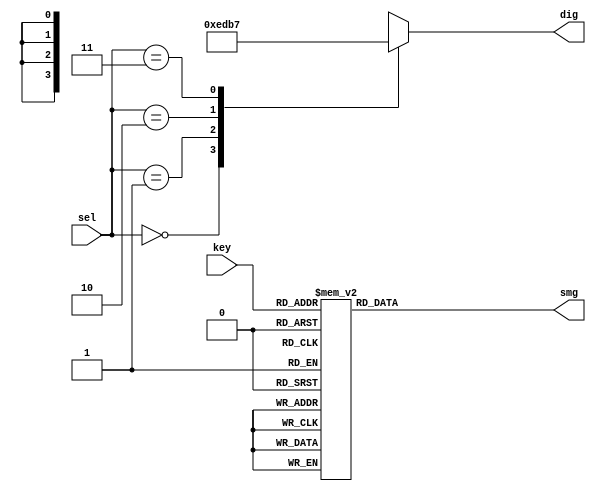
`timescale 1ns / 1ps
//////////////////////////////////////////////////////////////////////////////////
// Company: Myminieye
// 
// Design Name: 
// Module Name: seq_control
// Project Name: 
// Target Devices: 
// Tool Versions: 
// Description: 100khz10ms
// 
// Dependencies: 
// Revision: v1.0
// Revision 0.01 - File Created
// Additional Comments:
// 
//////////////////////////////////////////////////////////////////////////////////
`define UD #1
module seq_control
(
	input [1:0]sel,
	input [3:0]key,
	output reg [3:0]dig,
	output reg [7:0]smg
);
/*===================================================
					
===================================================*/
always @(*)
begin
	case(sel)
		2'd0   :dig = ~(4'b0001);
		2'd1   :dig = ~(4'b0010);
		2'd2   :dig = ~(4'b0100);
		2'd3   :dig = ~(4'b1000);
		default:dig = ~(4'b0000);
	endcase
end
//===========================================
//IO_LOC "smg[0]" 101 -> G;
//IO_LOC "smg[1]" 104 -> F;
//IO_LOC "smg[2]" 97  -> E;
//IO_LOC "smg[3]" 98  -> D;
//IO_LOC "smg[4]" 100 -> C;
//IO_LOC "smg[5]" 102 -> B;
//IO_LOC "smg[6]" 106 -> A;
//IO_LOC "smg[7]" 99  -> P;
//===========================================
// 0 1 2 3 4 5 6 7  
// G F E D C B A P
//0
//===========================================
always @(*)
begin
	case(key)
		4'd0   :smg = ~(8'b1000_0001);//"0"  8'b1000_0001
		4'd1   :smg = ~(8'b1100_1111);//"1"  8'b1100_1111
		4'd2   :smg = ~(8'b1001_0010);//"2"  8'b1001_0010
		4'd3   :smg = ~(8'b1000_0110);//"3"  8'b1000_0110
		4'd4   :smg = ~(8'b1100_1100);//"4"  8'b1100_1100
		4'd5   :smg = ~(8'b1010_0100);//"5"  8'b1010_0100
		4'd6   :smg = ~(8'b1010_0000);//"6"  8'b1010_0000
		4'd7   :smg = ~(8'b1000_1111);//"7"  8'b1000_1111
		4'd8   :smg = ~(8'b1000_0000);//"8"  8'b1000_0000
		4'd9   :smg = ~(8'b1000_0100);//"9"  8'b1000_0100
		4'd10  :smg = ~(8'b1000_0100);//"9"  8'b1000_0100
		default:smg = ~(8'b0000_0000);		
	endcase
end 

endmodule